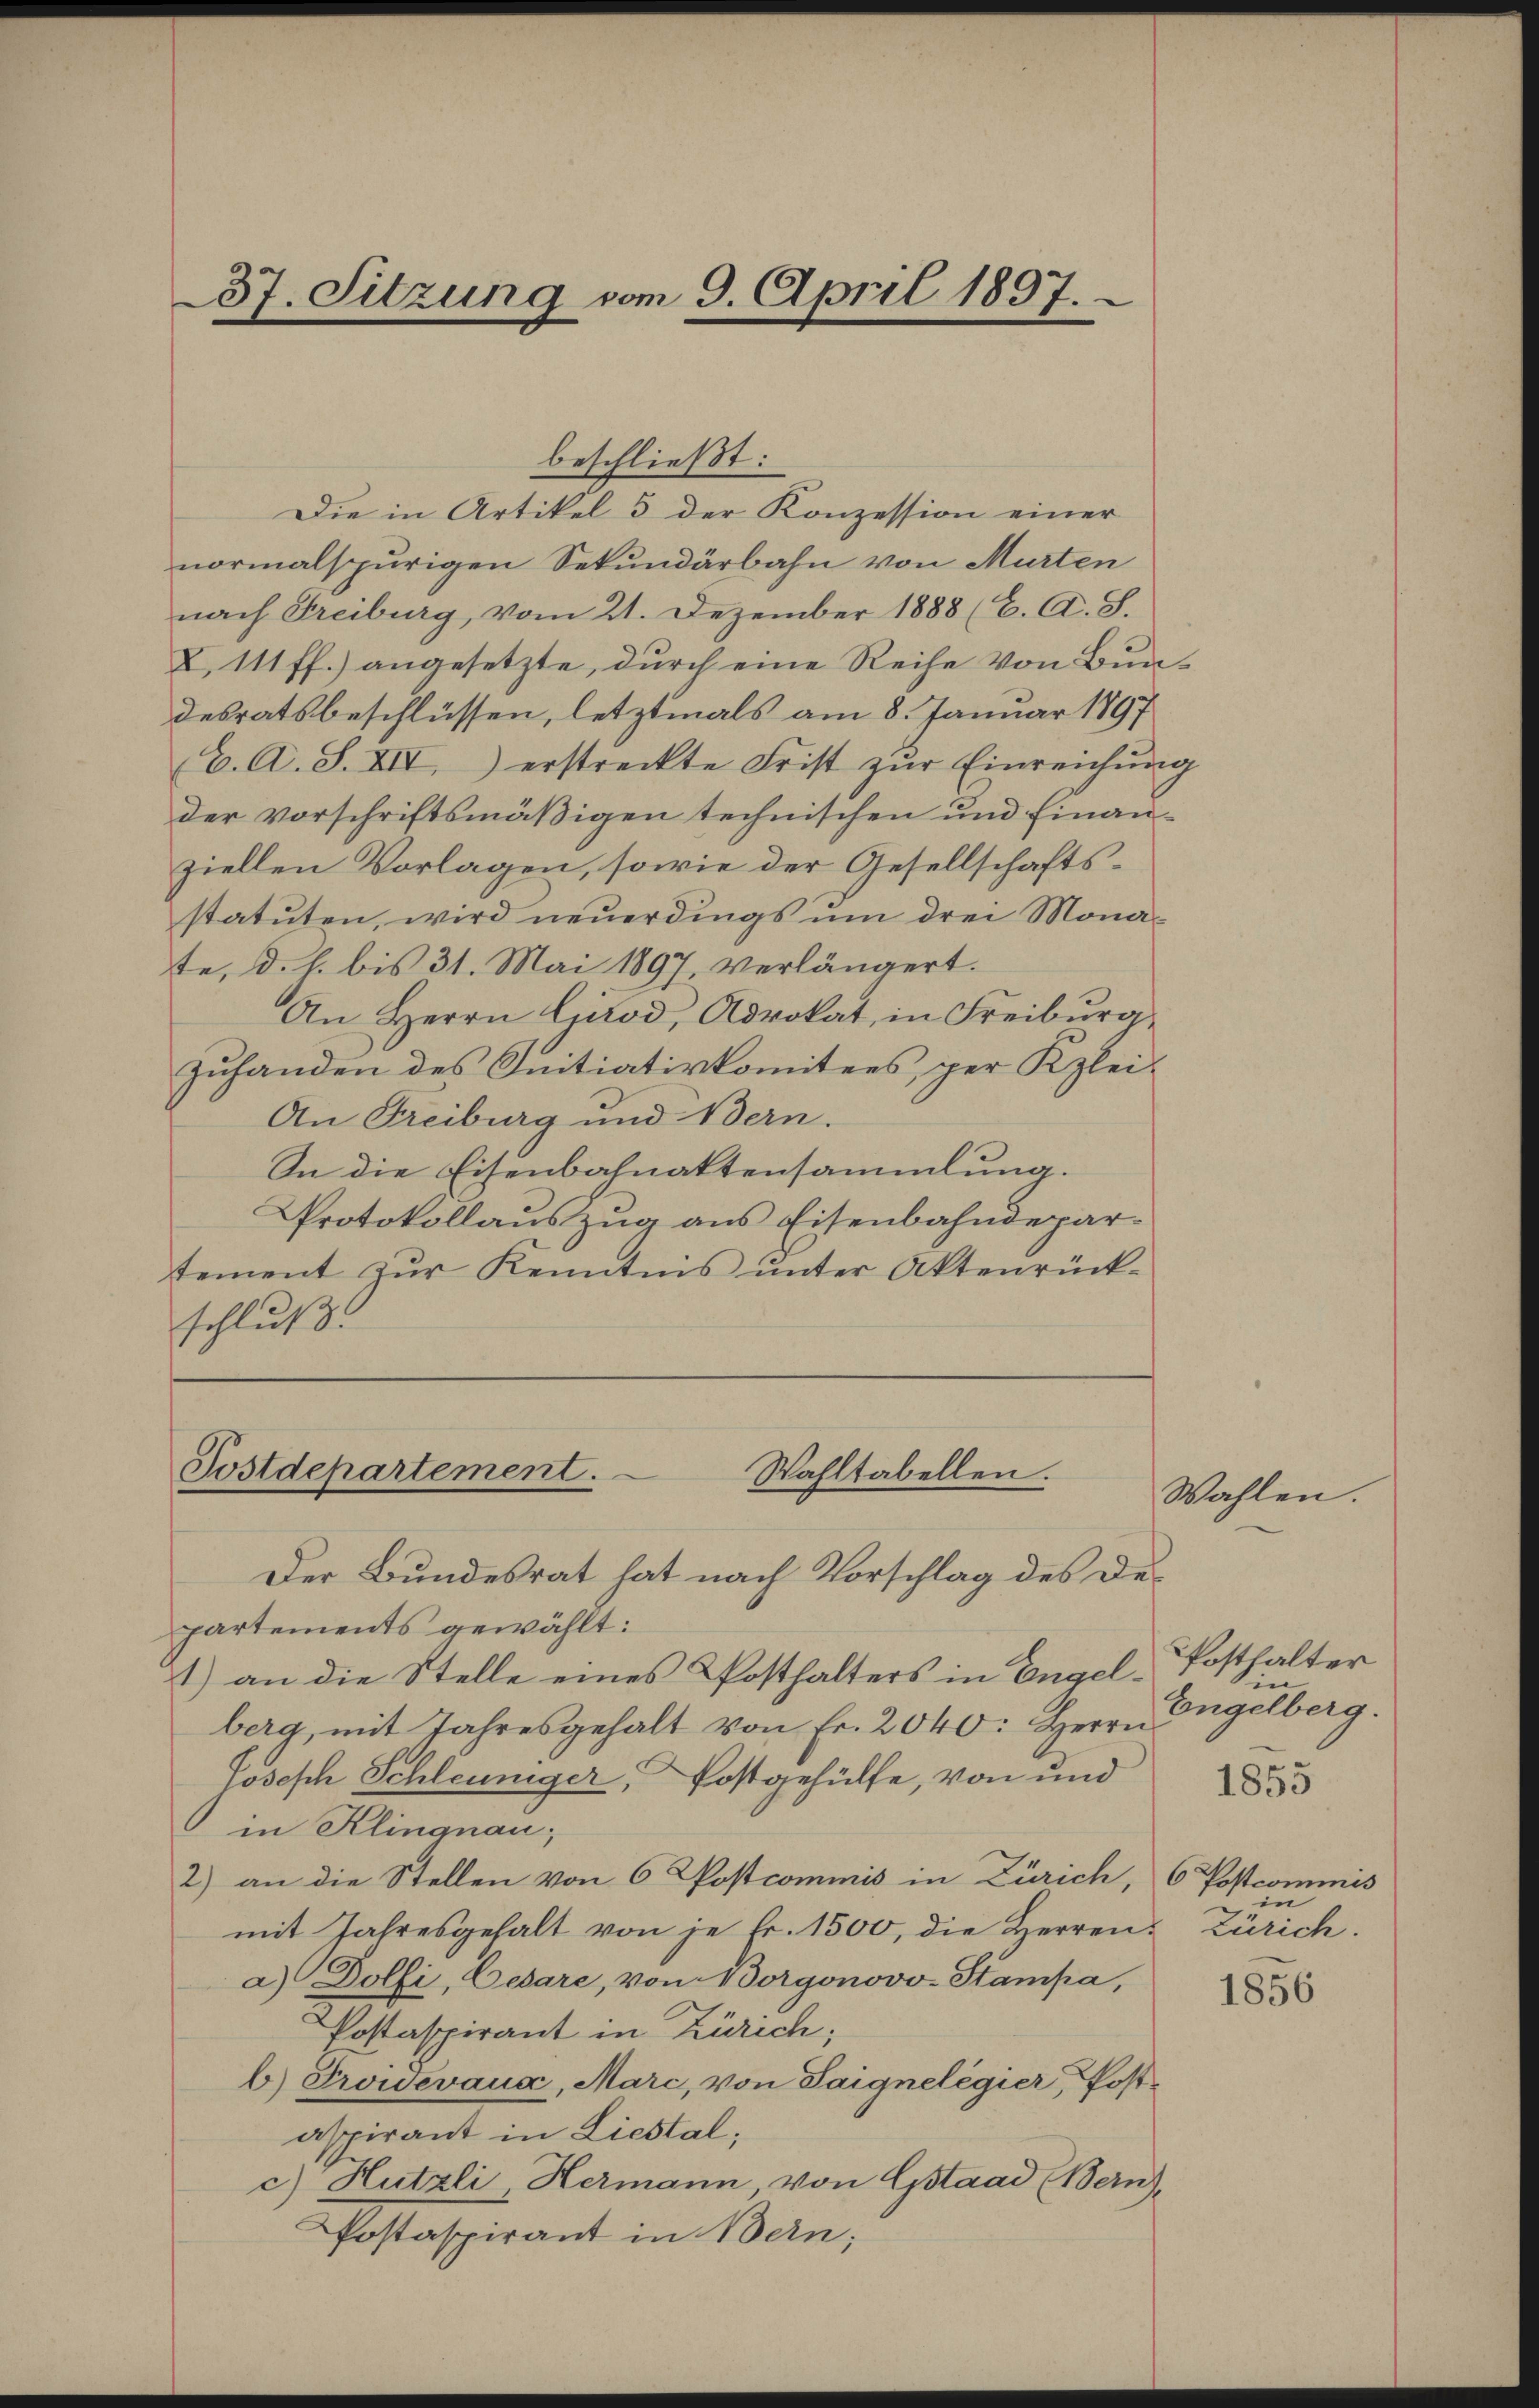
37. Sitzung vom 9. April 1897.

beschließt:
Die in Artikel 3 der Konzession einer
normalspurigen Sekundärbahn von Murten
nach Freiburg, vom 21. Dezember 1888 (C. A. S.
X. 111 ff.) angesetzte, durch eine Reihe von Bundesratsbeschlüssen, letztmals am 8. Januar 1897
(C. A. S. XII.) erstreckte Frist zŭr Einreichung
der vorschriftsmäßigen technischen und Finanziellen Vorlagen, sowie der Gesellschaftsstatuten, wird neuerdings um drei Monate, d. h. bis 31. Mai 1897, verlängert.
An Herrn Girod, Advokat, in Freiburg,
Zuhanden des Initiativkomitees, per Klei¬
An Freiburg und Bern.
In die Eisenbahnattensammlung.
Protokollauszug aus Eisenbahndepartement zur Kenntnis unter Aktenrückschluß

Postdepartement.
Wahltabellen.
Der Bundesrat hat nach Vorschlag des De¬

partements gewählt:
1) an die Stelle eines Posthalters in Engelberg, mit Jahresgehalt von Fr. 2040: Herrn
Joseph Schleuniger, Postgehülfe, von und
in Klingnau;
2) an die Stellen von 6 Postcommis in Zürich, 6 Postcommis
mit Jahresgehalt von je Fr. 1500, die Herren Zürich.
a) Dolfi, Cesare, von Borgonovv. Stampa,
Postaspirant in Zürich;
b) Troievaux, Marc, von Saignelegier, Postaspirant in Liestal,
c) Hutzli, Hermann, von Gstaad (Bern),
Postaspirant in Bern;

Wahlen.

PPosthalter
in
Engelberg.
in

1855

1856